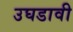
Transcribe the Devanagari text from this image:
उघडावी